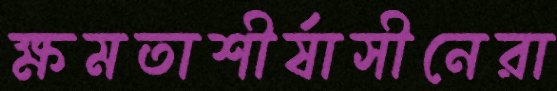
ক্ষমতাশীর্ষাসীনেরা